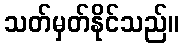
သတ်မှတ်နိုင်သည်။